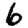
Digit: 6